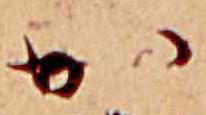
か